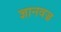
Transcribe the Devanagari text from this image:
ज्ञानवज्र